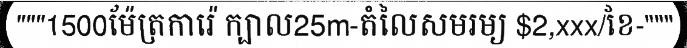
"""1500ម៉ែត្រការ៉េ ក្បាល25m-តំលៃសមរម្យ $2,xxx/ខែ-"""